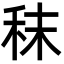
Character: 秣